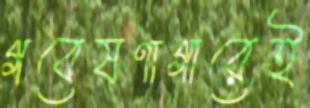
গবেষণাগারেই